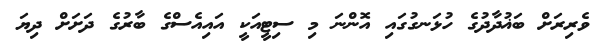
ވެރިރަށް ބަޣުދާދުގެ ހުޅަނގުގައި އޮންނަ މި ސިޓީއަކީ އައިއެސްގެ ބާރުގެ ދަށަށް ދިޔަ